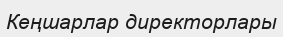
Кеңшарлар директорлары